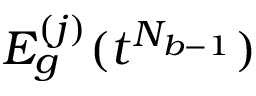
E _ { g } ^ { ( j ) } ( t ^ { N _ { b - 1 } } )